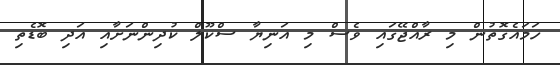
ހަމައެގޮތުން މި ރާއްޖޭގައި ވެސް މި އަނިޔާ ސްކޫލް ކުދިންނަށާއި އަދި ބޮޑެތި